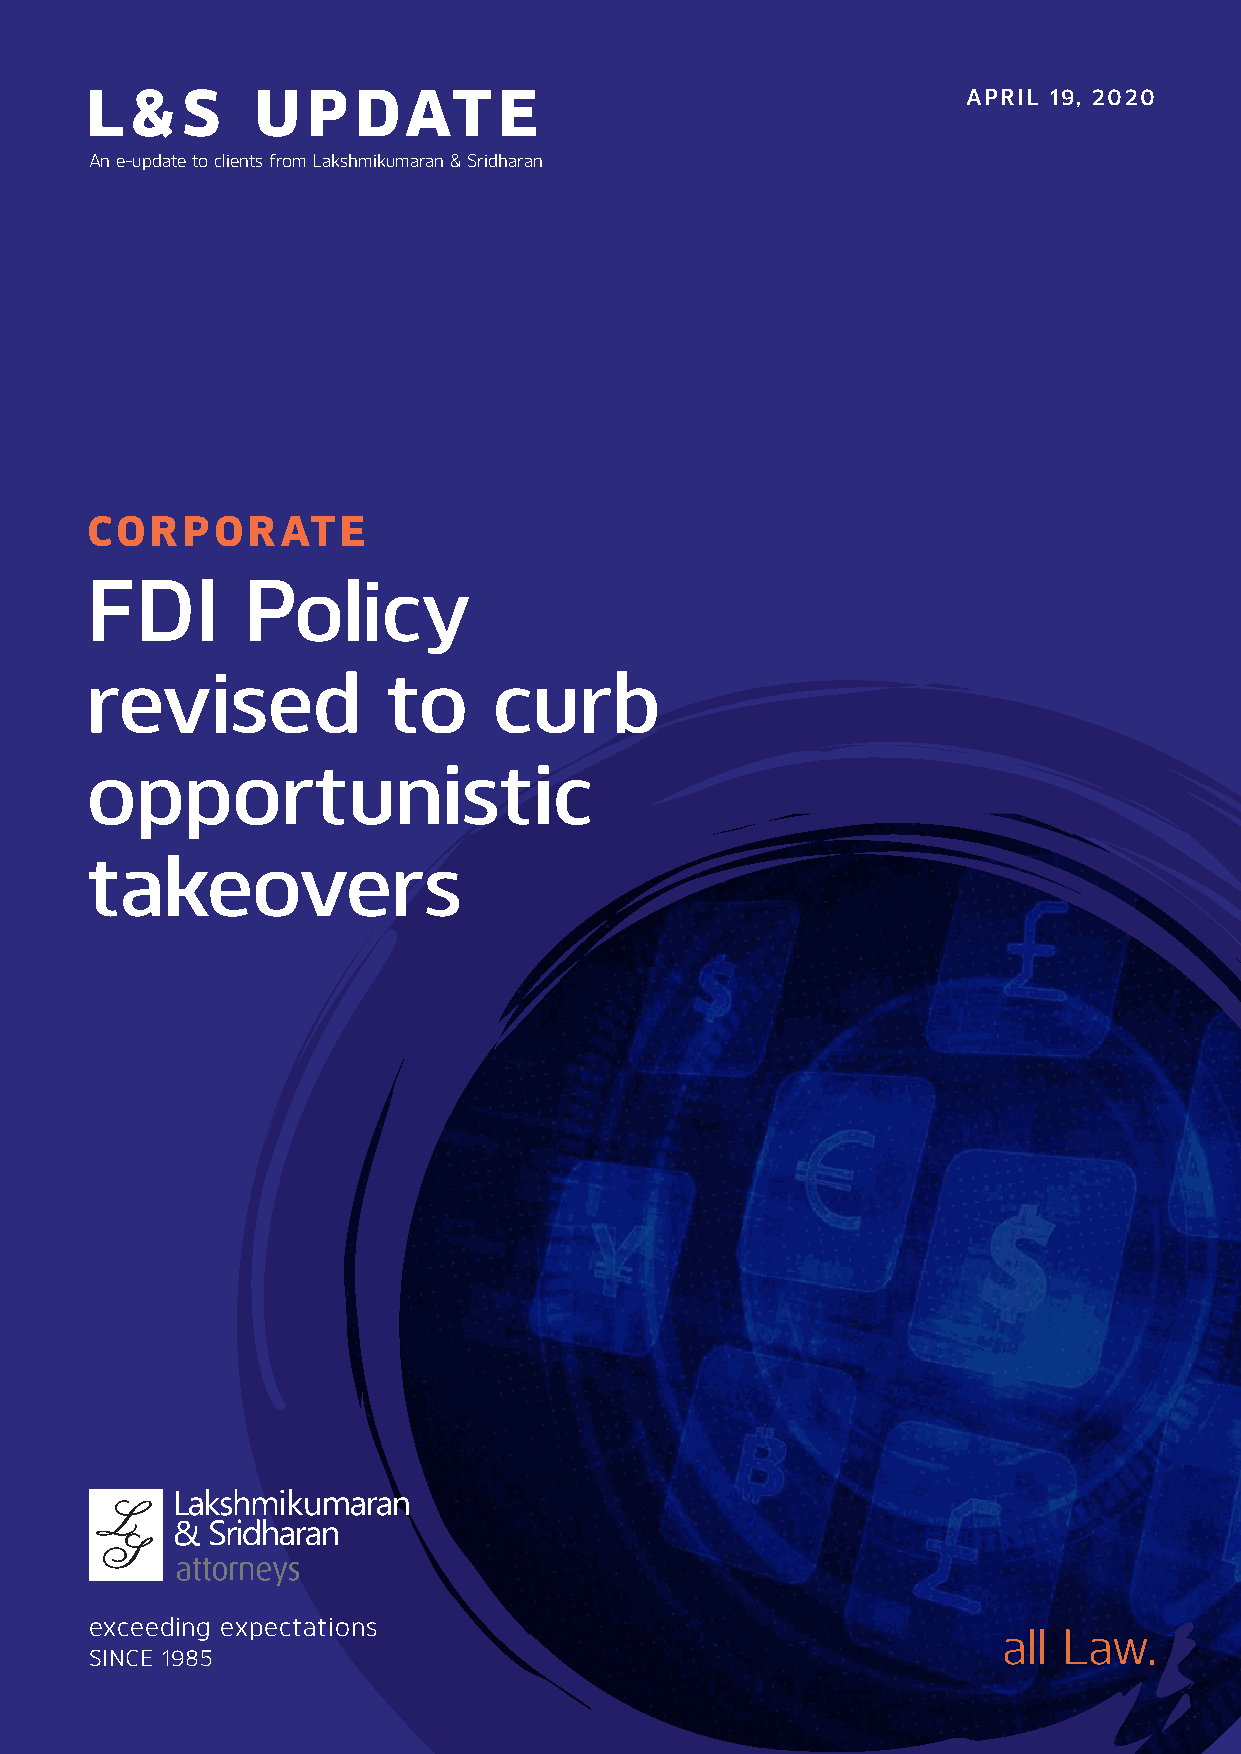
L  &  S    U  P   DAT      E                              APRIL 19, 2020
 An e-update to clients from Lakshmikumaran & Sridharan
 CORPORATE
 FDI       Policy
 revised             to     curb
 opportunistic
 takeovers
 exceeding expectations
 all Law.
 SINCE 1985